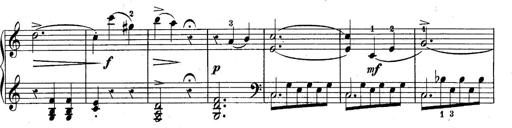
Title: 10 Sonatines progressives
Composer: Anton Schmoll